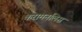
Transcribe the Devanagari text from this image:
करामनलिस